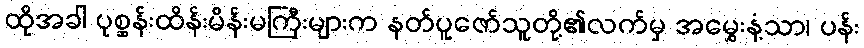
ထိုအခါ ပုစ္ဆန်းထိန်းမိန်းမကြီးများက နတ်ပူဇော်သူတို့၏လက်မှ အမွှေးနံ့သာ၊ ပန်း